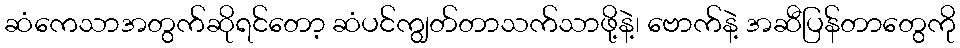
ဆံကေသာအတွက်ဆိုရင်တော့ ဆံပင်ကျွတ်တာသက်သာဖို့နဲ့၊ ဗောက်နဲ့ အဆီပြန်တာတွေကို